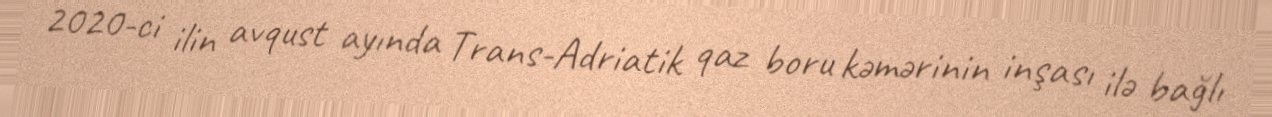
2020-ci ilin avqust ayında Trans-Adriatik qaz boru kəmərinin inşası ilə bağlı